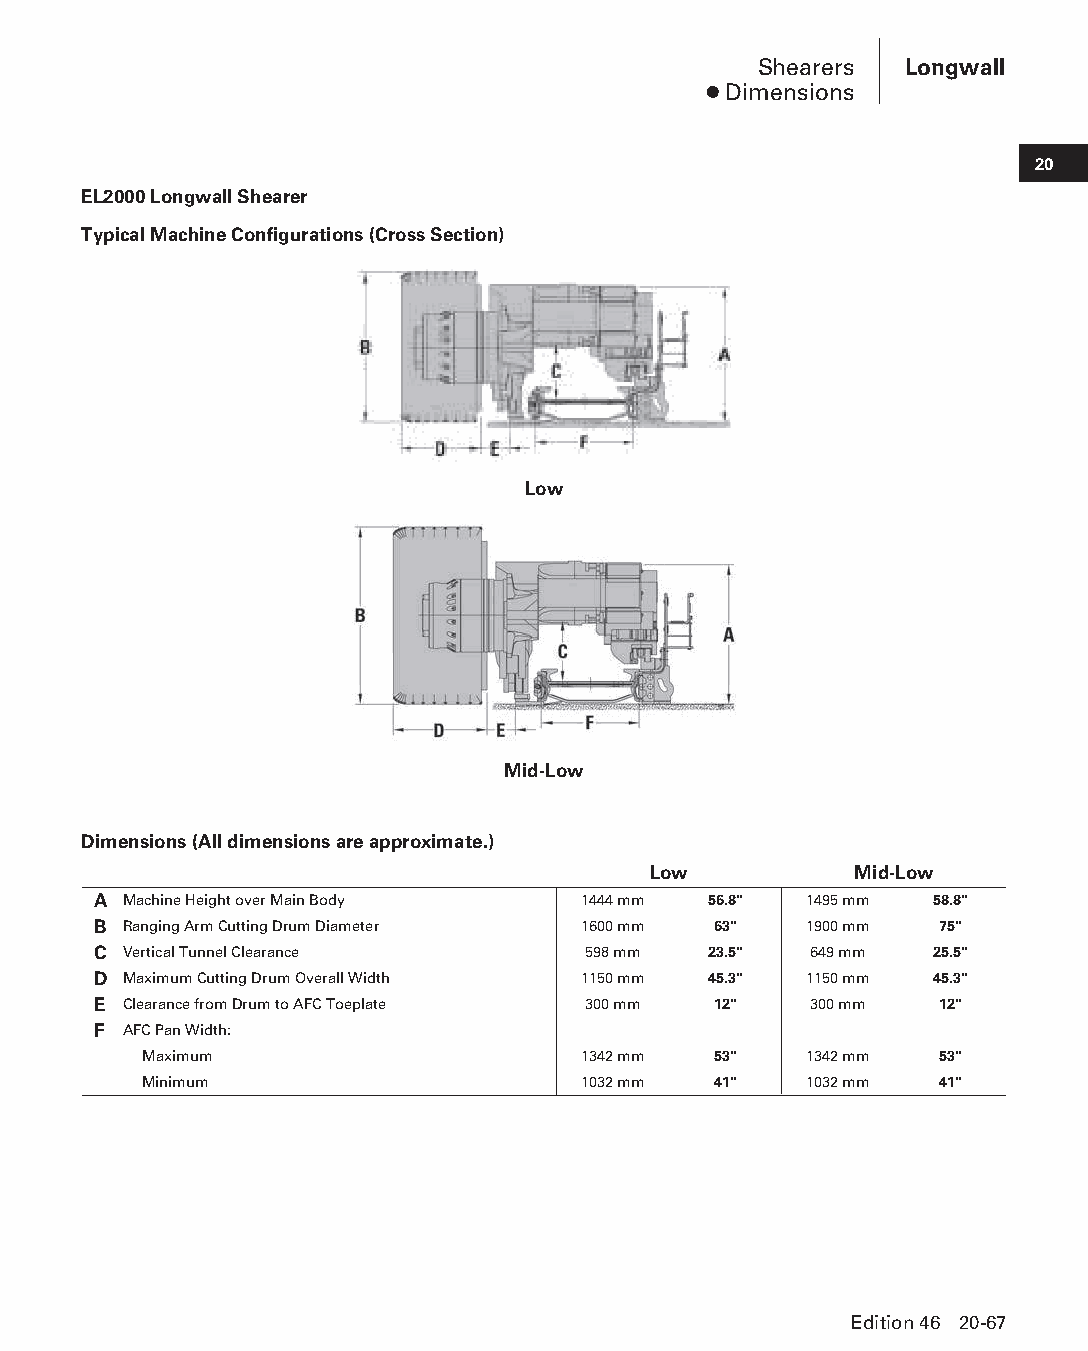
Shearers Longwall
 ● Dimensions
 20
 EL2000 Longwall Shearer
 Typical Machine Configurations (Cross Section)
 Low
 Mid-Low
 Dimensions (All dimensions are approximate.)
 Low           Mid-Low
 A Machine Height over Main Body 1444 mm 56.8"  1495 mm 58.8"
 B Ranging Arm Cutting Drum Diameter 1600 mm 63" 1900 mm 75"
 C Vertical Tunnel Clearance     598 mm  23.5"  649 mm  25.5"
 D Maximum Cutting Drum Overall Width 1150 mm 45.3" 1150 mm 45.3"
 E Clearance from Drum to AFC Toeplate 300 mm 12" 300 mm 12"
 F AFC Pan Width:
 Maximum                      1342 mm  53"   1342 mm  53"
 Minimum                      1032 mm  41"   1032 mm  41"
 Edition 46 20-67
 PPHHBB--SSeecc2200--LLoonnggwwaallll((ppgg002255--112200))..iinndddd 6677 1122//44//1155 1111::0022 AAMM